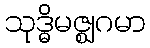
သုဒ္ဓိမဇ္ဈဂမာ